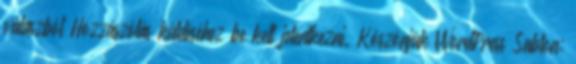
válaszból Hozzászólás küldéséhez be kell jelentkezni. Köszönjük WordPress Sablon: